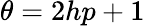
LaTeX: \theta=2hp+1